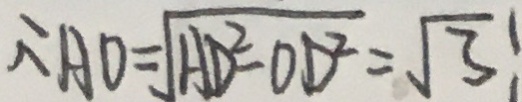
\therefore A O = \sqrt { A D ^ { 2 } - O D ^ { 2 } } = \sqrt { 3 } :